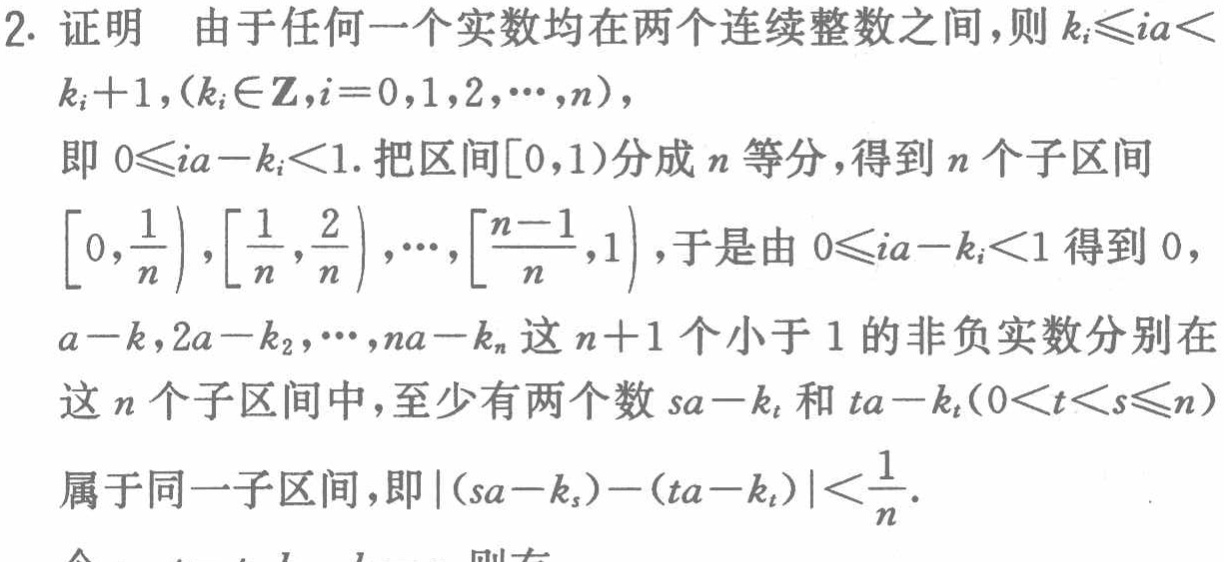
2. 证明 由于任何一个实数均在两个连续整数之间，则\(k_{i}\leq ia<k_{i} + 1,(k_{i}\in\mathbb{Z},i = 0,1,2,\cdots,n)\)，

即\(0\leq ia - k_{i}<1\). 把区间\([0,1)\)分成\(n\)等分，得到\(n\)个子区间\(\left[0,\frac{1}{n}\right),\left[\frac{1}{n},\frac{2}{n}\right),\cdots,\left[\frac{n - 1}{n},1\right)\)，于是由\(0\leq ia - k_{i}<1\)得到\(0,a - k,2a - k_{2},\cdots,na - k_{n}\)这\(n + 1\)个小于\(1\)的非负实数分别在这\(n\)个子区间中，至少有两个数\(sa - k_{t}\)和\(ta - k_{t}(0<t<s\leq n)\)属于同一子区间，即\(\vert(sa - k_{s})-(ta - k_{t})\vert<\frac{1}{n}\).